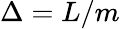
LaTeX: \Delta=L/m